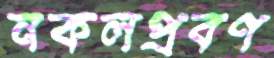
নকলপ্রবণ